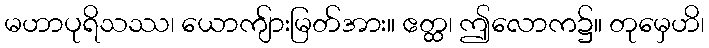
မဟာပုရိသဿ၊ ယောကျ်ားမြတ်အား။ ဧတ္ထ၊ ဤလောက၌။ တုမှေဟိ၊